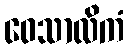
ဝေသာလိကံ